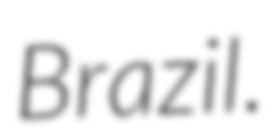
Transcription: Brazil.